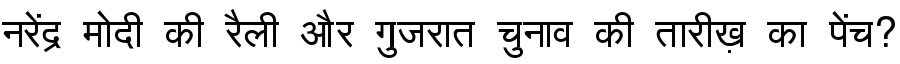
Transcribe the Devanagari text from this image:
नरेंद्र मोदी की रैली और गुजरात चुनाव की तारीख़ का पेंच?